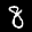
Label: 8